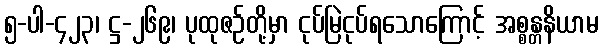
၅-ပါ-၄၂၃၊ ဋ္ဌ-၂၆၉၊ ပုထုဇဉ်တို့မှာ ငုပ်မြဲငုပ်ရသောကြောင့် အစ္စန္တနိယာမ